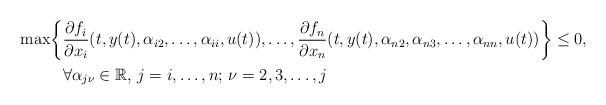
LaTeX: \begin{align*}\max \biggl\{ &\frac{\partial f_{i} }{\partial x_{i} }(t,y(t),\alpha _{i2} ,\ldots ,\alpha _{ii} ,u(t)),\ldots ,\frac{\partial f_{n} }{\partial x_{n} } (t,y(t),\alpha _{n2} ,\alpha _{n3} ,\ldots ,\alpha _{nn} ,u(t))\biggr\} \le 0,\\&\forall \alpha _{j\nu }\in {\mathbb R},\, j=i,\ldots ,n;\, \nu =2,3,\ldots ,j \end{align*}